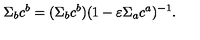
\Sigma _ { b } c ^ { b } = ( \Sigma _ { b } c ^ { b } ) ( 1 - \varepsilon \Sigma _ { a } c ^ { a } ) ^ { - 1 } .